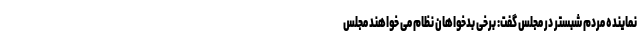
نماینده مردم شبستر در مجلس گفت: برخی بدخواهان نظام می خواهند مجلس